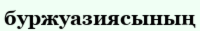
буржуазиясының